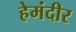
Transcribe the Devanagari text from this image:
हेमंदीर